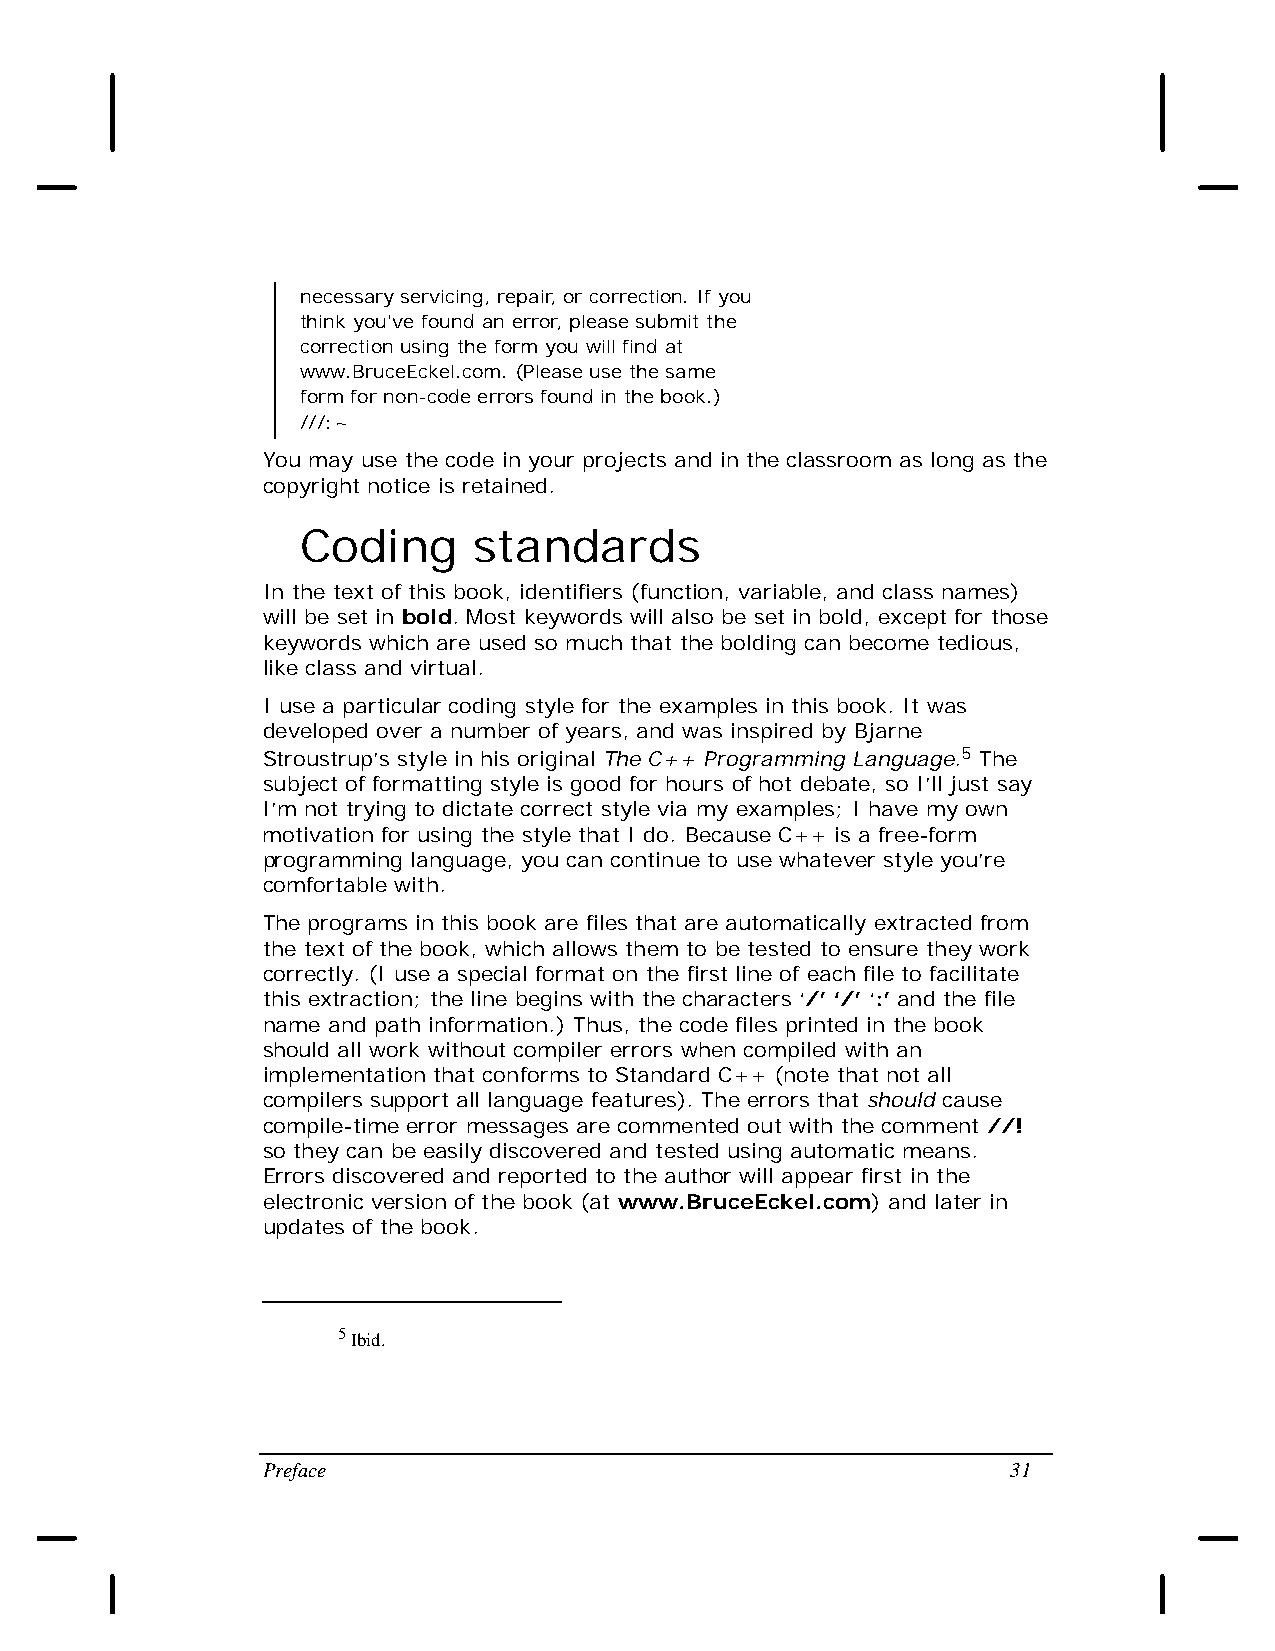
necessary servicing, repair, or correction. If you
 think you've found an error, please submit the
 correction using the form you will find at
 www.BruceEckel.com. (Please use the same
 form for non-code errors found in the book.)
 ///:~
 You may use the code in your projects and in the classroom as long as the
 copyright notice is retained.
 Coding     standards
 In the text of this book, identifiers (function, variable, and class names)
 will be set in bold. Most keywords will also be set in bold, except for those
 keywords which are used so much that the bolding can become tedious,
 like class and virtual.
 I use a particular coding style for the examples in this book. It was
 developed over a number of years, and was inspired by Bjarne
 Stroustrup’s style in his original The C++ Programming Language.5 The
 subject of formatting style is good for hours of hot debate, so I’ll just say
 I’m not trying to dictate correct style via my examples; I have my own
 motivation for using the style that I do. Because C++ is a free-form
 programming language, you can continue to use whatever style you’re
 comfortable with.
 The programs in this book are files that are automatically extracted from
 the text of the book, which allows them to be tested to ensure they work
 correctly. (I use a special format on the first line of each file to facilitate
 this extraction; the line begins with the characters ‘/’ ‘/’ ‘:’ and the file
 name and path information.) Thus, the code files printed in the book
 should all work without compiler errors when compiled with an
 implementation that conforms to Standard C++ (note that not all
 compilers support all language features). The errors that should cause
 compile-time error messages are commented out with the comment //!
 so they can be easily discovered and tested using automatic means.
 Errors discovered and reported to the author will appear first in the
 electronic version of the book (at www.BruceEckel.com) and later in
 updates of the book.
 5 Ibid.
 Preface                                           31